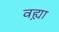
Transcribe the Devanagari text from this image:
वह्य़ा